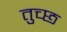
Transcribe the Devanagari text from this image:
तुच्‍छ